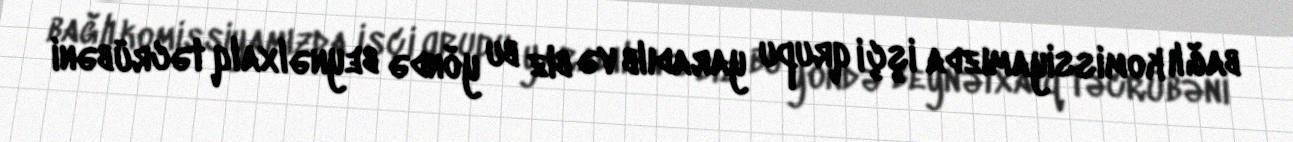
bağlı komissiyamızda işçi qrupu yaradılb və biz bu yöndə beynəlxalq təcrübəni